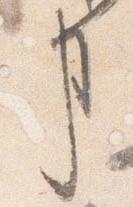
事